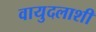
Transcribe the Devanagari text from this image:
वायुदलाशी